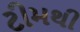
ટીમથી